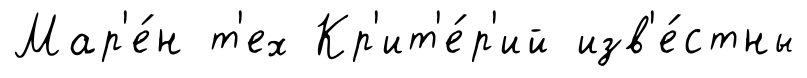
Мар'е́н т'ех Кр'ит'е́р'ий изв'е́стны